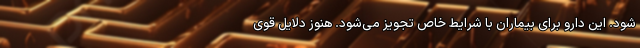
شود. این دارو برای بیماران با شرایط خاص تجویز می‌شود. هنوز دلایل قوی